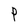
Character: P